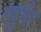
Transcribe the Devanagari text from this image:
ल्यूमेर